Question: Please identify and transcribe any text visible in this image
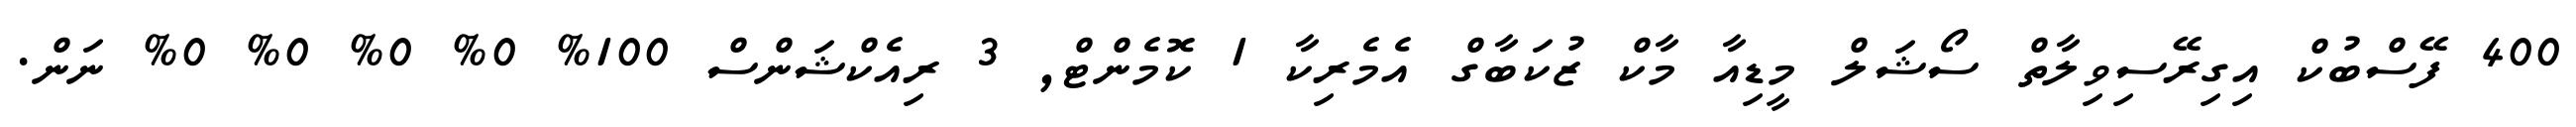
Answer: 400 ފޭސްބުކް އިގިރޭސިވިލާތް ސޯޝަލް މީޑިއާ މާކް ޒުކަބާގް އެމެރިކާ 1 ކޮމެންޓް, 3 ރިއެކްޝަންސް 100% 0% 0% 0% 0% ނަން.